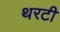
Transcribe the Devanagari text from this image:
थरटी